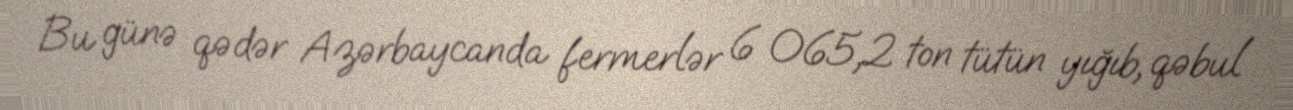
Bu günə qədər Azərbaycanda fermerlər 6 065,2 ton tütün yığıb, qəbul